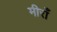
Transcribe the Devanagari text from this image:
मीराँ